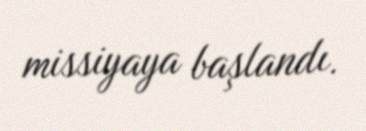
missiyaya başlandı.